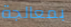
بمعالجة